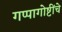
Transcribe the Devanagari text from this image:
गप्पागोष्टींचे